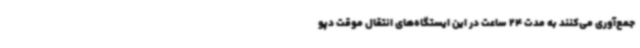
جمع‌آوری می‌کنند به مدت 24 ساعت در این ایستگاه‌های انتقال موقت دپو